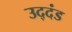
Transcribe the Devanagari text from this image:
उद्‌दंड